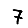
Digit: 7